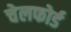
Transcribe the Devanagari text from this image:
चेलफोर्ड